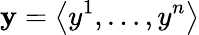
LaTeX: \mathbf{y}=\left\langle{y^{1},\dots,y^{n}}\right\rangle